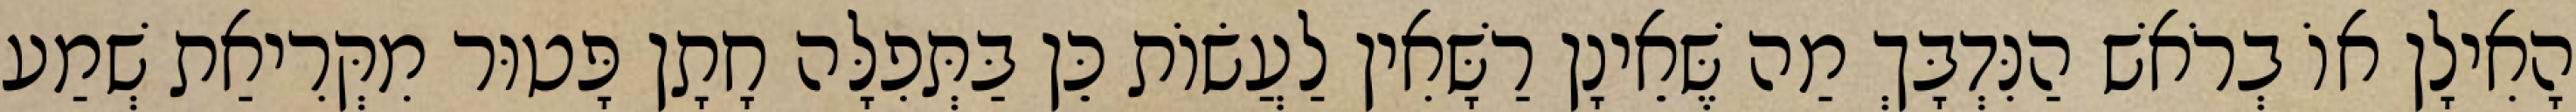
הָאִילָן אוֹ בְרֹאשׁ הַנִּדְבָּךְ מַה שֶּׁאֵינָן רַשָּׁאִין לַעֲשׂוֹת כֵּן בַּתְּפִלָּה חָתָן פָּטוּר מִקְּרִיאַת שְׁמַע